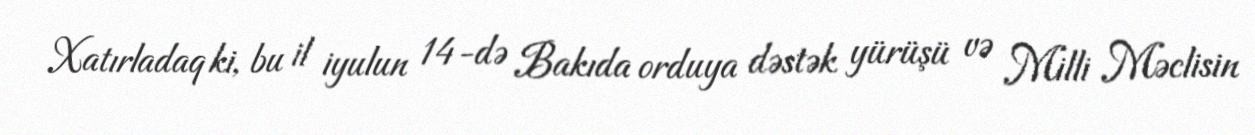
Xatırladaq ki, bu il iyulun 14-də Bakıda orduya dəstək yürüşü və Milli Məclisin